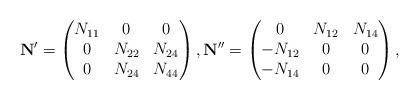
LaTeX: \begin{align*}\mathbf{N}'=\begin{pmatrix}N_{11}&0&0\\0&N_{22}&N_{24}\\0&N_{24}&N_{44}\end{pmatrix},\mathbf{N}''=\begin{pmatrix}0&N_{12}&N_{14}\\-N_{12}&0&0\\-N_{14}&0&0\end{pmatrix},\end{align*}